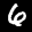
Label: 6